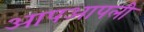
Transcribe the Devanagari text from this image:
आपआपली